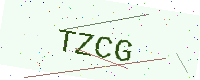
Text: TZCG